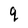
Character: q